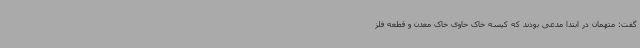
گفت: متهمان در ابتدا مدعی بودند که کیسه خاک حاوی خاک معدن و قطعه فلز